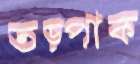
তড়্‌পাক